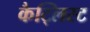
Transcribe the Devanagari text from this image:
कैट्लिस्ट